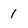
Character: 1